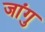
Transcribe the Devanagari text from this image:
जांगु